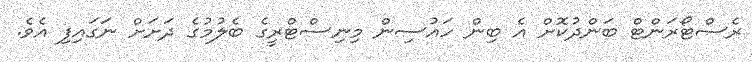
ރެސްޓޯރަންޓް ބަންދުކޮށް އެ ބިން ހައުސިން މިނިސްޓްރީގެ ބެލުމުގެ ދަށަށް ނަގައިފި އެވެ.